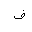
Letter: _fa